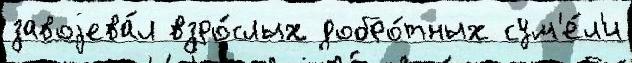
завоjева́л взро́слых добро́тных сум'е́л'и